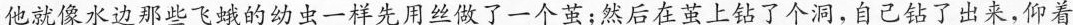
他就像水边那些飞蛾的幼虫一样先用丝做了一个茧；然后在茧上钻了个洞，自己钻了出来，仰着